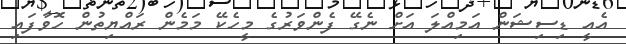
އެއީ ޑިސިޝަން އަމިއްލަ އަށް ނެގޭ ފެންވަރުގެ މީހެކޭ މަމެން ރައްޔިތުން ހޮވާފައި